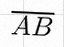
\overline{AB}